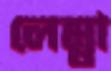
লেম্বা